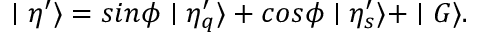
\mid \eta ^ { \prime } \rangle = s i n \phi \mid \eta _ { q } ^ { \prime } \rangle + c o s \phi \mid \eta _ { s } ^ { \prime } \rangle + \mid G \rangle .